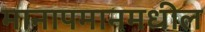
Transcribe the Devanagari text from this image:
मानापमानमधील